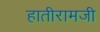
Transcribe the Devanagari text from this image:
हातीरामजी